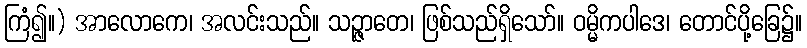
ကြံ၍။) အာလောကေ၊ အလင်းသည်။ သဉ္ဇာတေ၊ ဖြစ်သည်ရှိသော်။ ဝမ္မိကပါဒေ၊ တောင်ပို့ခြေ၌။